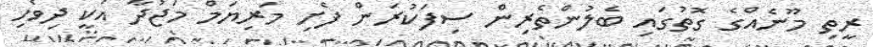
ރީތި މޫނެއްގެ ގޮތުގައި ބެލުންތެރިން ސިފަކުރަން ފެށި މަރިޔަމް މަޖުދާ އަކީ ދިވެހި